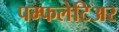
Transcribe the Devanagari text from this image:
पम्फलेटिअर